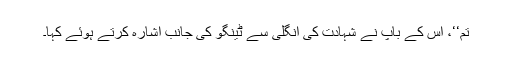
تم‘‘، اس کے باپ نے شہادت کی انگلی سے ٹینگو کی جانب اشارہ کرتے ہوئے کہا۔